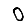
Digit: 0